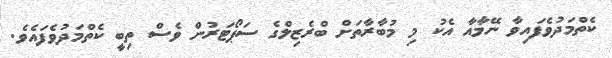
ކެތްމަދުވެފައިވާ ނޭމާއާ އެކު މި މުބާރާތަށް ބްރެޒިލްގެ ސަޕޯޓަރުން ވެސް ތިބީ ކެތްމަދުވެފައެވެ.